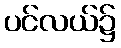
ပင်လယ်၌